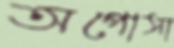
অপোসা